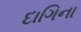
દાગિના